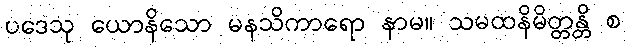
ပဒေသု ယောနိသော မနသိကာရော နာမ။ သမထနိမိတ္တန္တိ စ